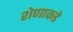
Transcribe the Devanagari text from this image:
शेणाकडे